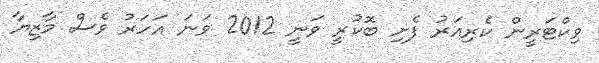
ވިކްޓަރީން ކެރިއަރު ފެށި ބޮކުރީ ވަނީ 2012 ވަނަ އަހަރު ވެސް މާޒިޔާ